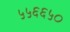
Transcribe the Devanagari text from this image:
५५६६५०